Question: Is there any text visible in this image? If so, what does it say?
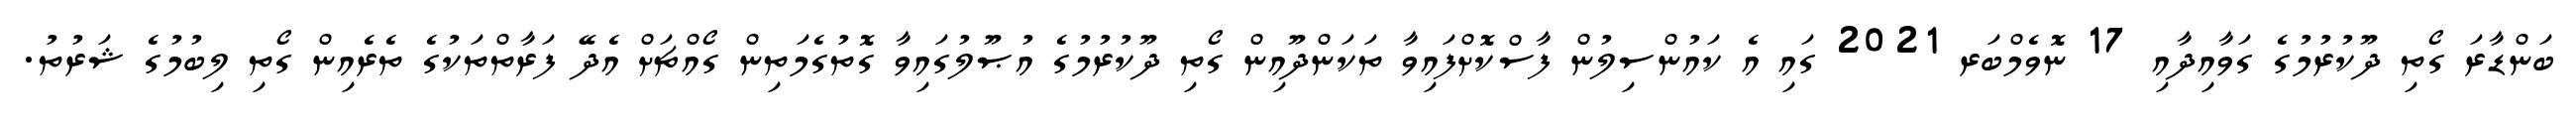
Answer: ބަންޑާރަ ގޯތި ދޫކުރުމުގެ ގަވާއިދާއި 17 ނޮވެމްބަރ 2021 ގައި އެ ކައުންސިލުން ފާސްކޮށްފައިވާ ތަކަންދޫއިން ގޯތި ދޫކުރުމުގެ އުޞޫލުގައިވާ ގޮތުގެމަތިން ގޯއްޗަށް އެދޭ ފަރާތްތަކުގެ ތެރެއިން ގޯތި ލިބުމުގެ ޝަރުތު.